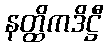
နတ္ထိကဒိဋ္ဌီ